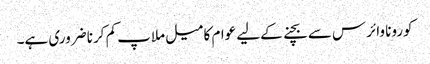
کورونا وائرس سے بچنے کےلیے عوام کا میل ملاپ کم کرنا ضروری ہے۔